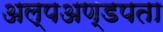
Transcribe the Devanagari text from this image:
अल्पअण्डपता